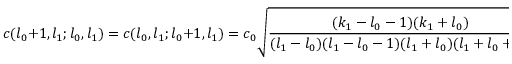
c ( l _ { 0 } + 1 , l _ { 1 } ; l _ { 0 } , l _ { 1 } ) = c ( l _ { 0 } , l _ { 1 } ; l _ { 0 } + 1 , l _ { 1 } ) = c _ { 0 } \sqrt { \frac { ( k _ { 1 } - l _ { 0 } - 1 ) ( k _ { 1 } + l _ { 0 } ) } { ( l _ { 1 } - l _ { 0 } ) ( l _ { 1 } - l _ { 0 } - 1 ) ( l _ { 1 } + l _ { 0 } ) ( l _ { 1 } + l _ { 0 } + 1 ) } } ,